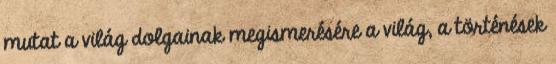
mutat a világ dolgainak megismerésére a világ, a történések